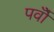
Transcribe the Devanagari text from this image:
पर्वोँ